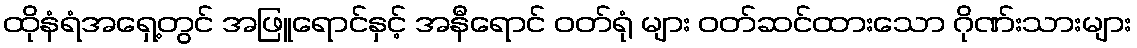
ထိုနံရံအရှေ့တွင် အဖြူရောင်နှင့် အနီရောင် ဝတ်ရုံ များ ဝတ်ဆင်ထားသော ဂိုဏ်းသားများ